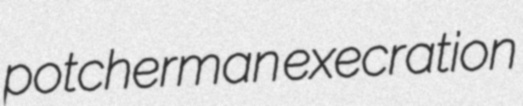
potcherman execration